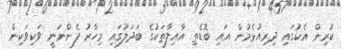
ކުރިން އެކުގައި ދިރިއުޅެމުން އައި ބޮޑެތި އާއިލާތަަަަަަކުގެ ބަދަލުގައި މިހާރު ފެންނަނީ ވަކިވަކިން